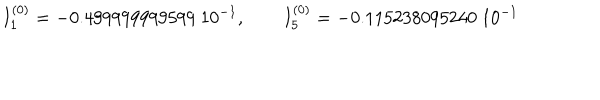
I _ { 1 } ^ { ( 0 ) } = - 0 . 4 9 9 9 9 9 9 9 9 5 9 9 \ 1 0 ^ { - 1 } , \qquad I _ { 5 } ^ { ( 0 ) } = - 0 . 1 1 5 2 3 8 0 9 5 2 4 0 \ 1 0 ^ { - 1 }